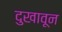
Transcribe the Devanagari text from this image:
दुखावून